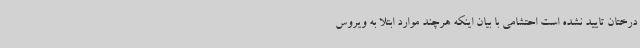
درختان تایید نشده است احتشامی با بیان اینکه هرچند موارد ابتلا به ویروس